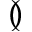
\between